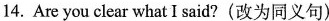
14. Are you clear what I said? (改为同义句)